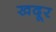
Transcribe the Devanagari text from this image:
खदूर